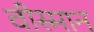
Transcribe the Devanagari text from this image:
वीस्मान